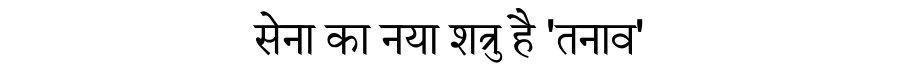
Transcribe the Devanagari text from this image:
सेना का नया शत्रु है 'तनाव'